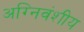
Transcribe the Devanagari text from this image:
अग्निवंशीय